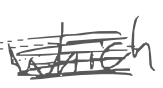
Text: which
Cross-out: scratch
Writing tool: digital_gray